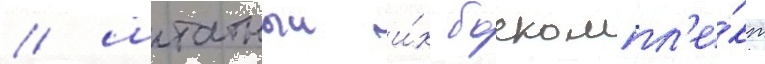
/ штатныи и́х боекомпл'е́кт